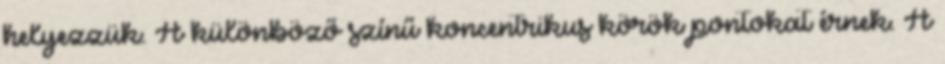
helyezzük. A különböző színű koncentrikus körök pontokat érnek. A